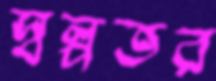
স্বল্পতর